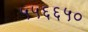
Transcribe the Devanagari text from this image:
५५६६५०